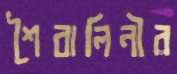
শৈবালিনীর